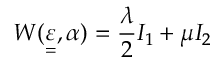
W ( \underset { = } { \varepsilon } , \alpha ) = \frac { \lambda } { 2 } I _ { 1 } + \mu I _ { 2 }